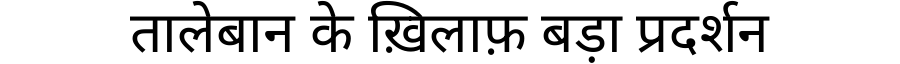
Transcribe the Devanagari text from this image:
तालेबान के ख़िलाफ़ बड़ा प्रदर्शन